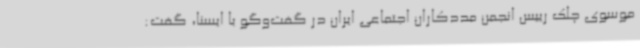
موسوی چلک رییس انجمن مددکاران اجتماعی ایران در گفت‌وگو با ایسنا، گفت: